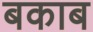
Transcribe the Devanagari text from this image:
बकाब